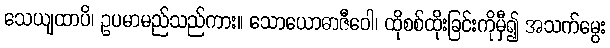
သေယျထာပိ၊ ဥပမာမည်သည်ကား။ သောယောဓာဇီဝေါ၊ ထိုစစ်ထိုးခြင်းကိုမှီ၍ အသက်မွေး